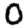
Digit: 0